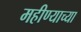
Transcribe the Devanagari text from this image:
महीण्याच्या